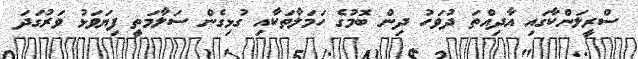
ސްރީލަންކާގައި އާދިއްތަ ދުވަހު ދިން ބޮމުގެ ހަމަލާތަކާއި ގުޅިގެން ސަލާމަތީ ފިޔަވަޅު ވަރުގަދަ